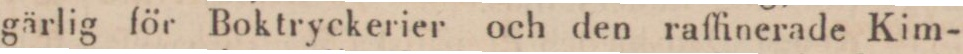
gärlig för Boktryckerier och den raffinerade Kim-